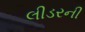
લીડરની